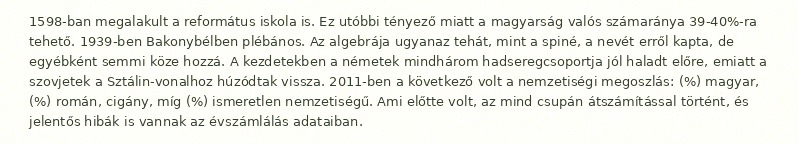
1598-ban megalakult a református iskola is. Ez utóbbi tényező miatt a magyarság valós számaránya 39-40%-ra tehető. 1939-ben Bakonybélben plébános. Az algebrája ugyanaz tehát, mint a spiné, a nevét erről kapta, de egyébként semmi köze hozzá. A kezdetekben a németek mindhárom hadseregcsoportja jól haladt előre, emiatt a szovjetek a Sztálin-vonalhoz húzódtak vissza. 2011-ben a következő volt a nemzetiségi megoszlás: (%) magyar, (%) román, cigány, míg (%) ismeretlen nemzetiségű. Ami előtte volt, az mind csupán átszámítással történt, és jelentős hibák is vannak az évszámlálás adataiban.